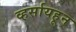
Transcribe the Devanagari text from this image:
व्हर्सायहून